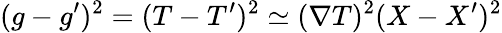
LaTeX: (g-g^{\prime})^{2}=(T-T^{\prime})^{2}\simeq(\nabla T)^{2}(X-X^{\prime})^{2}